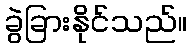
ခွဲခြားနိုင်သည်။